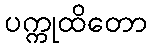
ပက္ကုထိတော